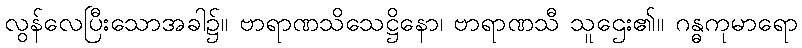
လွန်လေပြီးသောအခါ၌။ ဗာရာဏသိသေဋ္ဌိနော၊ ဗာရာဏသီ သူဌေး၏။ ဂန္ဓကုမာရော